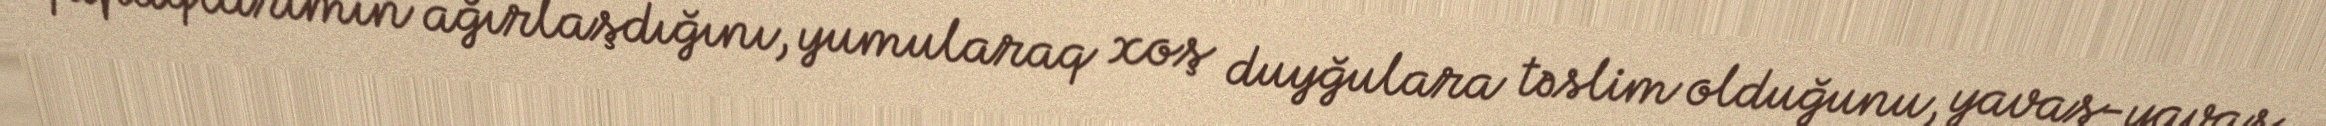
qapaqlarımın ağırlaşdığını, yumularaq xoş duyğulara təslim olduğunu, yavaş-yavaş